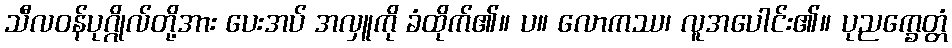
သီလဝန်ပုဂ္ဂိုလ်တို့အား ပေးအပ် အလှူကို ခံထိုက်၏။ ပ။ လောကဿ၊ လူအပေါင်း၏။ ပုညက္ခေတ္တံ